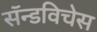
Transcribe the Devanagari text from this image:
सॅन्डविचेस